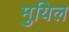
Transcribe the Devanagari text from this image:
मुयिल